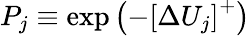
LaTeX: P_{j}\equiv\exp\left(-\left[\Delta U_{j}\right]^{+}\right)